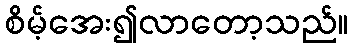
စိမ့်အေး၍လာတော့သည်။